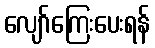
လျော်ကြေးပေးရန်